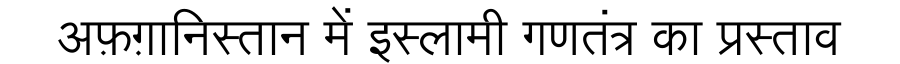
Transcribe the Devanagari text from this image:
अफ़ग़ानिस्तान में इस्लामी गणतंत्र का प्रस्ताव